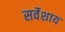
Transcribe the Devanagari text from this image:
सर्वेशाय